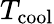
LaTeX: T_{\mathrm{cool}}